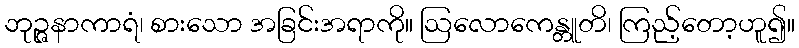
ဘုဉ္ဇနာကာရံ၊ စားသော အခြင်းအရာကို။ ဩလောကေန္တူတိ၊ ကြည့်တော့ဟူ၍။